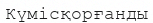
Күмісқорғанды